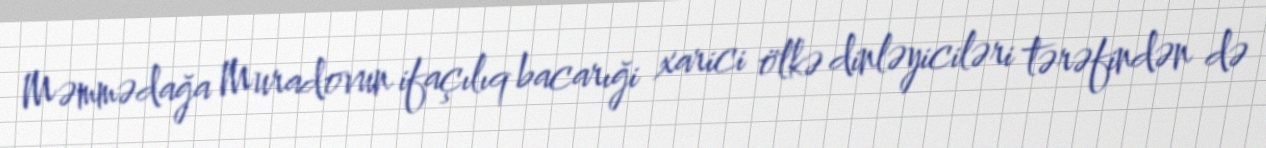
Məmmədağa Muradovun ifaçılıq bacarıği xarici ölkə dinləyiciləri tərəfindən də